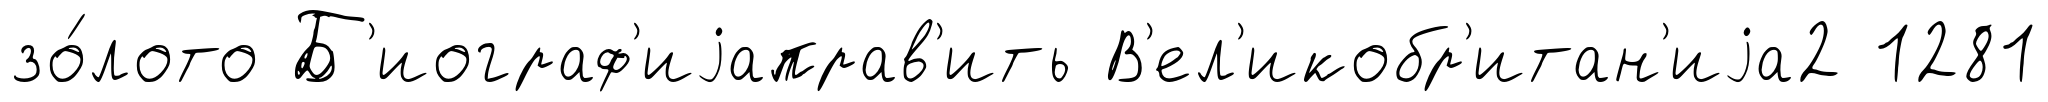
зо́лото Б'иограф'иjаправ'ить В'ел'икобр'итан'иjа2 1281